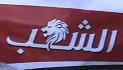
الشب